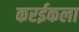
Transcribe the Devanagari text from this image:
करईकला